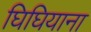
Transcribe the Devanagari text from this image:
घिघियाना